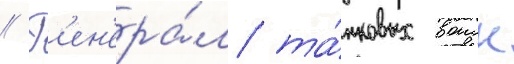
// Г'ен'ера́л та́нковых воиск